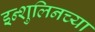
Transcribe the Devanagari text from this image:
इन्शुलिनच्या